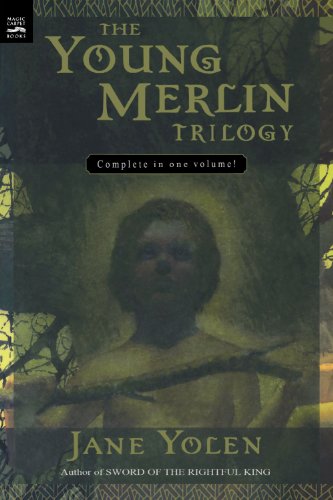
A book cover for The Young Merlin Trilogy: Passager, Hobby, and Merlin; Jane Yolen; Children's Books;